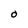
Character: O